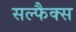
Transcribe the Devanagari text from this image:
सल्फैक्स